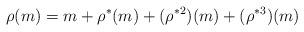
LaTeX: \begin{align*} \rho(m)=m+\rho^*(m)+(\rho^{*2})(m)+(\rho^{*3})(m) \end{align*}